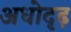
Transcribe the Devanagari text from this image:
अधोदृढ़